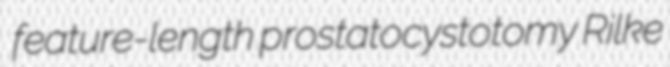
feature-length prostatocystotomy Rilke